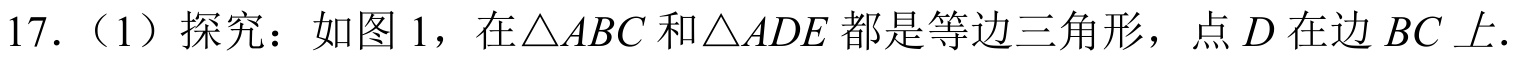
17.（1）探究：如图1，在\(\triangle ABC\)和\(\triangle ADE\)都是等边三角形，点\(D\)在边\(BC\)上.